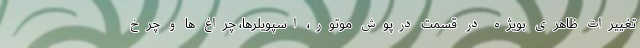
تغییرات ظاهری بویژه در قسمت درپوش موتور، اسپویلرها، چراغ ها و چرخ